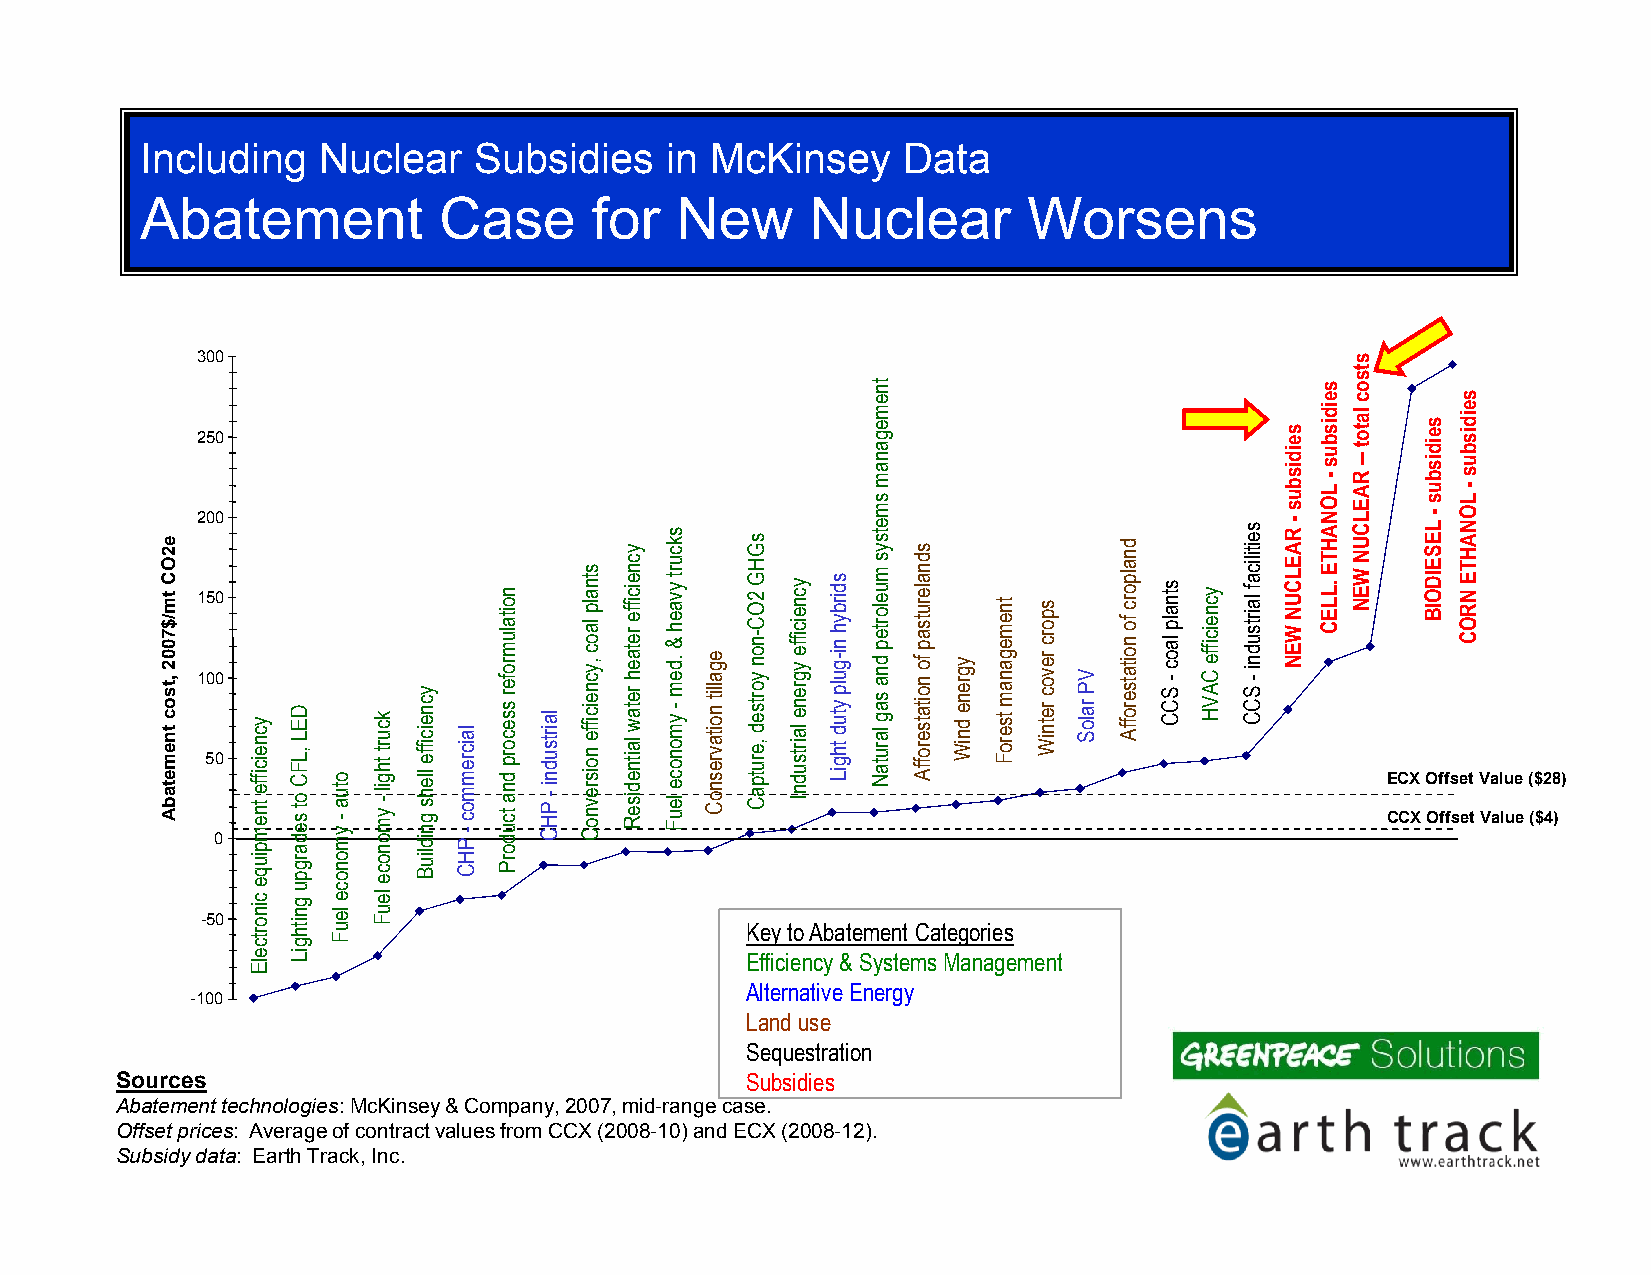
Including   Nuclear   Subsidies    in McKinsey     Data
 Abatement           Case      for   New      Nuclear       Worsens
 300
 250
 200
 150
 100
 50
 ECX Offset Value ($28)
 CCX Offset Value ($4)
 0
 -50
 Key to Abatement Categories
 Efficiency & Systems Management
 Alternative Energy
 -100
 Land use
 Sequestration
 Sources                                  Subsidies
 Abatement technologies: McKinsey & Company, 2007, mid-range case.
 Offset prices: Average of contract values from CCX (2008-10) and ECX (2008-12).
 Subsidy data: Earth Track, Inc.
 e2OC
 tm/$7002
 ,tsoc
 tnemetabA ycneiciffe
 tnempiuqe
 cinortcelE
 DEL
 ,LFC
 ot
 sedargpu
 gnithgiL
 otua-
 ymonoce
 leuF
 kcurt
 thgil-
 ymonoce
 leuF
 ycneiciffe
 llehs
 gnidliuB
 laicremmoc-
 PHC
 noitalumrofer
 ssecorp
 dna
 tcudorP
 lairtsudni-
 PHC
 stnalp
 laoc
 ,ycneiciffe
 noisrevnoC
 ycneiciffe
 retaeh
 retaw
 laitnediseR
 skcurt
 yvaeh
 &
 .dem-
 ymonoce
 leuF
 egallit
 noitavresnoC
 sGHG
 2OC-non
 yortsed
 ,erutpaC
 ycneiciffe
 ygrene
 lairtsudnI
 sdirbyh
 ni-gulp
 ytud
 thgiL
 tnemeganam
 smetsys
 muelortep
 dna
 sag
 larutaN
 sdnalerutsap
 fo
 noitatseroffA
 ygrene
 dniW
 tnemeganam
 tseroF
 sporc
 revoc
 retniW
 VP
 raloS
 dnalporc
 fo
 noitatseroffA
 stnalp
 laoc-
 SCC
 ycneiciffe
 CAVH
 seitilicaf
 lairtsudni-
 SCC
 seidisbus-
 RAELCUN
 WEN
 seidisbus-
 LONAHTE
 .LLEC
 stsoc
 latot–
 RAELCUN
 WEN
 seidisbus-
 LESEIDOIB
 seidisbus-
 LONAHTE
 NROC